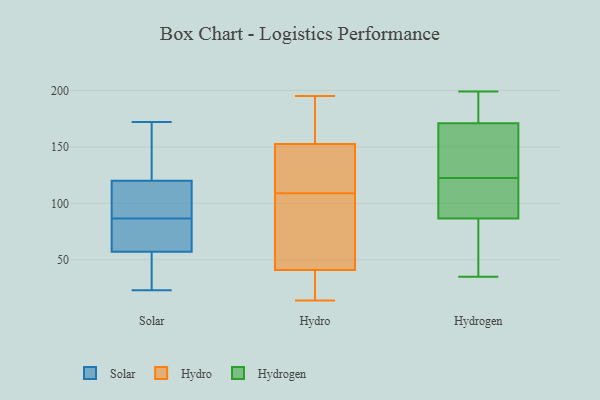
{"axis": {"x": "Backlog", "y": "Value"}, "legend": ["Hydro", "Hydrogen", "Solar"], "data": [{"x": "", "y": 91, "type": "Solar"}, {"x": "", "y": 40, "type": "Solar"}, {"x": "", "y": 80, "type": "Solar"}, {"x": "", "y": 172, "type": "Solar"}, {"x": "", "y": 58, "type": "Solar"}, {"x": "", "y": 139, "type": "Solar"}, {"x": "", "y": 107, "type": "Solar"}, {"x": "", "y": 40, "type": "Solar"}, {"x": "", "y": 82, "type": "Solar"}, {"x": "", "y": 23, "type": "Solar"}, {"x": "", "y": 115, "type": "Solar"}, {"x": "", "y": 128, "type": "Solar"}, {"x": "", "y": 120, "type": "Solar"}, {"x": "", "y": 57, "type": "Solar"}, {"x": "", "y": 154, "type": "Hydro"}, {"x": "", "y": 61, "type": "Hydro"}, {"x": "", "y": 106, "type": "Hydro"}, {"x": "", "y": 183, "type": "Hydro"}, {"x": "", "y": 179, "type": "Hydro"}, {"x": "", "y": 148, "type": "Hydro"}, {"x": "", "y": 109, "type": "Hydro"}, {"x": "", "y": 120, "type": "Hydro"}, {"x": "", "y": 85, "type": "Hydro"}, {"x": "", "y": 44, "type": "Hydro"}, {"x": "", "y": 139, "type": "Hydro"}, {"x": "", "y": 36, "type": "Hydro"}, {"x": "", "y": 195, "type": "Hydro"}, {"x": "", "y": 14, "type": "Hydro"}, {"x": "", "y": 187, "type": "Hydro"}, {"x": "", "y": 14, "type": "Hydro"}, {"x": "", "y": 142, "type": "Hydro"}, {"x": "", "y": 40, "type": "Hydro"}, {"x": "", "y": 35, "type": "Hydro"}, {"x": "", "y": 86, "type": "Hydrogen"}, {"x": "", "y": 100, "type": "Hydrogen"}, {"x": "", "y": 116, "type": "Hydrogen"}, {"x": "", "y": 149, "type": "Hydrogen"}, {"x": "", "y": 129, "type": "Hydrogen"}, {"x": "", "y": 36, "type": "Hydrogen"}, {"x": "", "y": 169, "type": "Hydrogen"}, {"x": "", "y": 132, "type": "Hydrogen"}, {"x": "", "y": 199, "type": "Hydrogen"}, {"x": "", "y": 87, "type": "Hydrogen"}, {"x": "", "y": 89, "type": "Hydrogen"}, {"x": "", "y": 199, "type": "Hydrogen"}, {"x": "", "y": 106, "type": "Hydrogen"}, {"x": "", "y": 35, "type": "Hydrogen"}, {"x": "", "y": 173, "type": "Hydrogen"}, {"x": "", "y": 176, "type": "Hydrogen"}, {"x": "", "y": 177, "type": "Hydrogen"}, {"x": "", "y": 38, "type": "Hydrogen"}, {"x": "", "y": 161, "type": "Hydrogen"}, {"x": "", "y": 59, "type": "Hydrogen"}]}